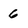
Character: 6